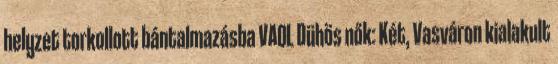
helyzet torkollott bántalmazásba VAOL Dühös nők: Két, Vasváron kialakult